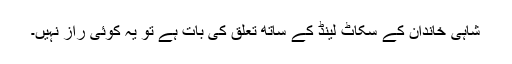
شاہی خاندان کے سکاٹ لینڈ کے ساتھ تعلق کی بات ہے تو یہ کوئی راز نہیں۔